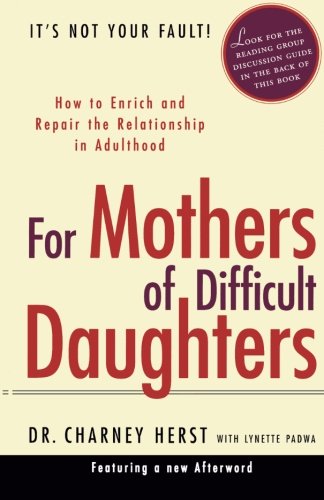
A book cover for For Mothers of Difficult Daughters; How to Enrich and Repair the Relationship in Adulthood; Charney Herst; Parenting & Relationships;